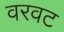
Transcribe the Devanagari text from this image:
वरवट